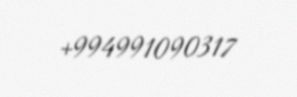
+994991090317